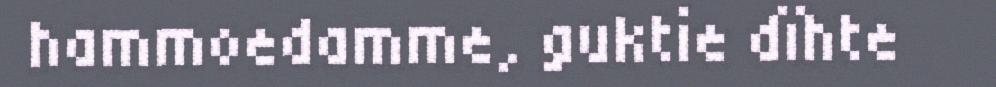
hammoedamme, guktie dïhte